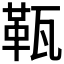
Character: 𤭫